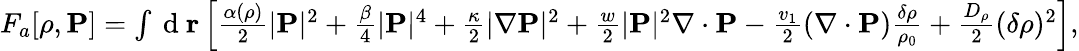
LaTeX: \begin{array}{r}{F_{a}[\rho,{\mathbf P}]=\int\mathrm{~d~}{\mathbf r}\left[\frac{\alpha(\rho)}{2}|{\mathbf P}|^{2}+\frac{\beta}{4}|{\mathbf P}|^{4}+\frac{\kappa}{2}|\nabla{\mathbf P}|^{2}+\frac{w}{2}|{\mathbf P}|^{2}\nabla\cdot{\mathbf P}-\frac{v_{1}}{2}(\nabla\cdot{\mathbf P})\frac{\delta\rho}{\rho_{0}}+\frac{D_{\rho}}{2}({\delta\rho})^{2}\right],}\end{array}